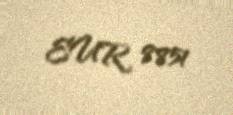
EUR 8851